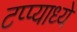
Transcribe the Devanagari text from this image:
टप्प्याध्ये